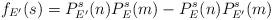
LaTeX: \begin{align*} f_{E'}(s)= P_{E'}^s(n) P_E^s(m) - P_{E}^s(n) P_{E'}^s(m)\end{align*}